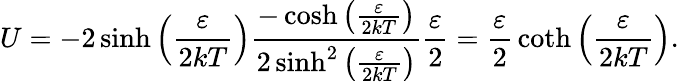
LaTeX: U=-2\sinh\left({\frac{\varepsilon}{2kT}}\right){\frac{-\cosh\left({\frac{\varepsilon}{2kT}}\right)}{2\sinh^{2}\left({\frac{\varepsilon}{2kT}}\right)}}{\frac{\varepsilon}{2}}={\frac{\varepsilon}{2}}\coth\left({\frac{\varepsilon}{2kT}}\right).